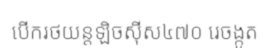
បើករថយន្តឡិចស៊ីស៤៧០ រេចង្កូត